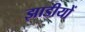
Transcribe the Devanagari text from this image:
झाडीयों